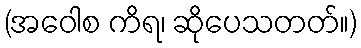
(အဝေါစ ကိရ၊ ဆိုပေသတတ်။)